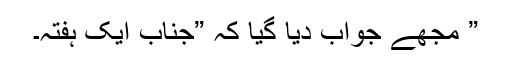
” مجھے جواب دیا گیا کہ ”جناب ایک ہفتہ۔